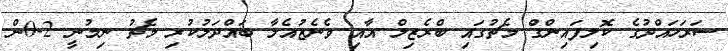
ސަރަހައްދުގެ ކޮލިފައިންގް މެޗުގައި ބްރެޒިލް އާއި ވެނެޒުއެލާ ބައްދަލުކުރި މެޗު ނިމުނީ 2-0ން